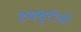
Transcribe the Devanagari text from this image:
डब्‍ल्यूटीओ